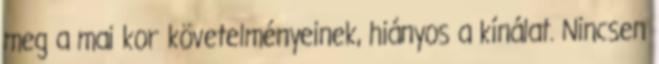
meg a mai kor követelményeinek, hiányos a kínálat. Nincsen